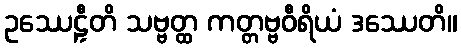
ဥဿေဠှီတိ သဗ္ဗတ္ထ ကတ္တဗ္ဗဝီရိယံ ဒဿေတိ။